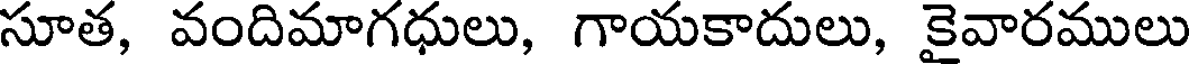
సూత, వందిమాగధులు, గాయకాదులు, కైవారములు